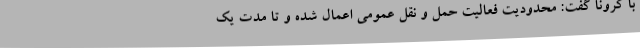
با کرونا گفت: محدودیت فعالیت حمل و نقل عمومی اعمال شده و تا مدت یک